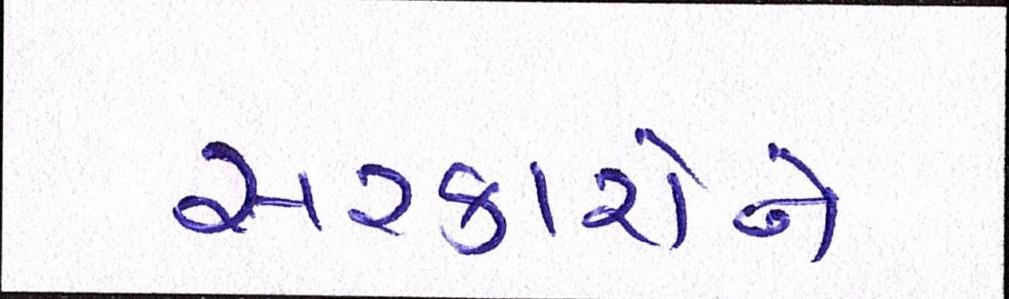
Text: સરકારોને